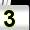
Digit: 3